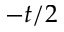
- t / 2